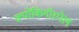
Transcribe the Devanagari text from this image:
क्योंकिगॉस्पेल